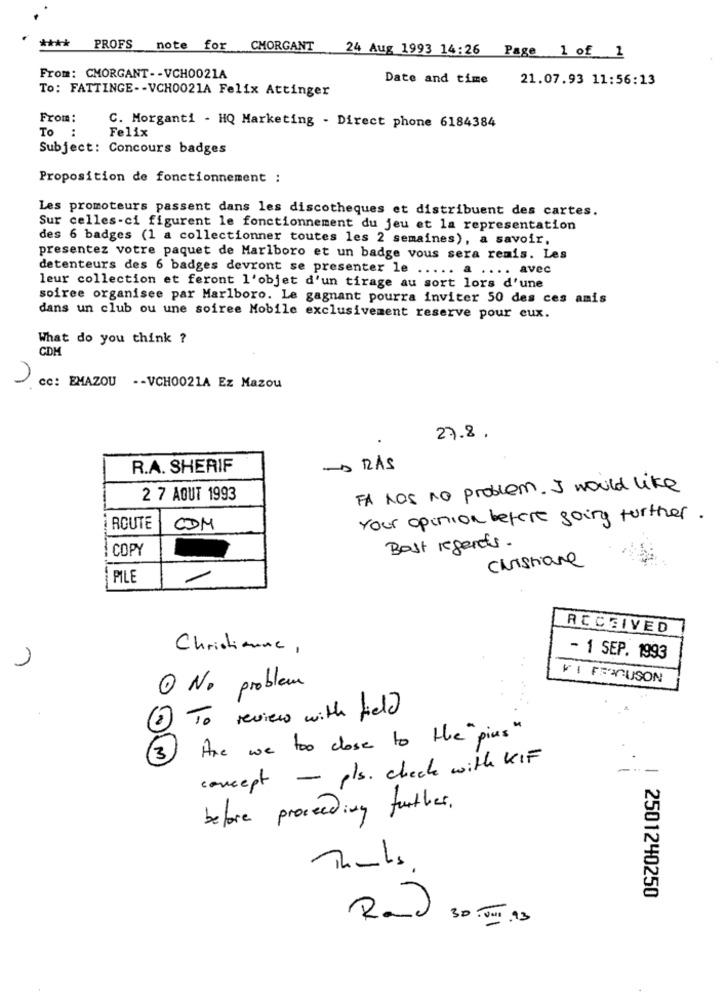
****
PROFS
note for CMORGANT 24 Aug 1993 14:26 Page 1 of 1
From: CMORGANT -- VCH0021A
Date and time
21.07.93 11:56:13
To: FATTINGE -- VCH0021A Felix Attinger
From:
C. Morganti - HQ Marketing - Direct phone 6184384
Felix
To :
Subject: Concours badges
Proposition de fonctionnement :
Les promoteurs passent dans les discotheques et distribuent des cartes.
Sur celles-ci figurent le fonctionnement du jeu et la representation
des 6 badges (1 a collectionner toutes les 2 semaines), a savoir,
presentez votre paquet de Marlboro et un badge vous sera remis. Les
detenteurs des 6 badges devront se presenter le ..... a .... avec
leur collection et feront l'objet d'un tirage au sort lors d'une
soiree organisee par Marlboro. Le gagnant pourra inviter 50 des ces amis
dans un club ou une soiree Mobile exclusivement reserve pour eux.
What do you think ?
CDM
cc: EMAZOU -- VCH0021A Ez Mazou
27.8.
R.A. SHERIF
-> DAS
FA hos no problem . I would like
2 7 AOUT 1993
Your opinion before going further.
ROUTE
CDM
--
COPY
Best regards.
Christiane
PILE
RECEIVED
Christinane ,
- 1 SEP. 1993
VI FERGUSON
O No problem
.....
2 To review with field
(3 ) Are we too close to the"pins "
concept - pls. check with KIF
---
before proceeding further .
2501240250
R.)
30.Jul .93